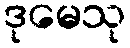
ဒုမေသု